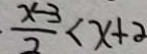
\cdot \frac { x - 3 } { 2 } < x + \alpha